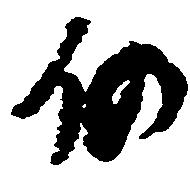
仍